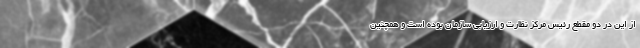
از این در دو مقطع رئیس مرکز نظارت و ارزیابی سازمان بوده است و همچنین